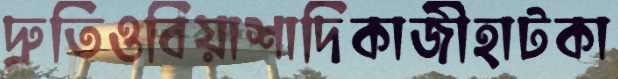
দ্রুতিওবিয়াশাদিকাজীহাটকা